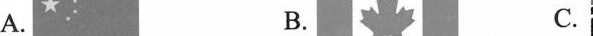
A. B. C.